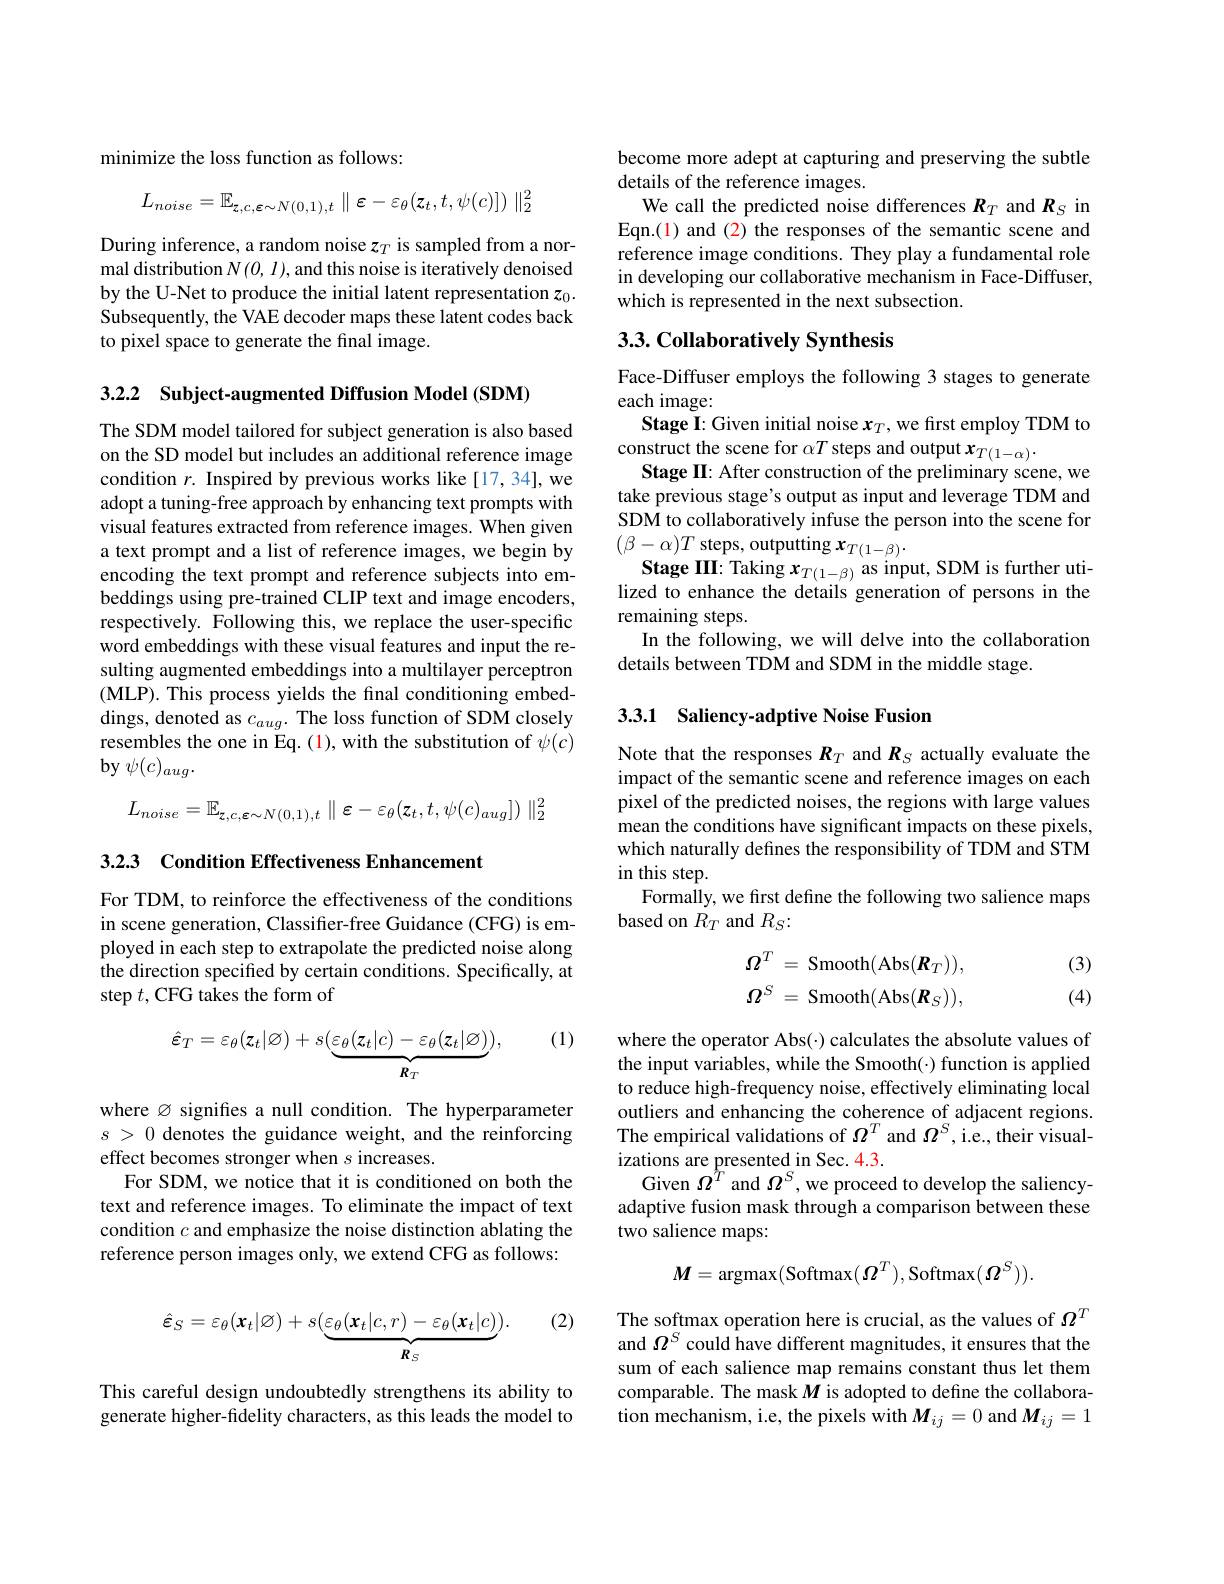
minimize the loss function as follows:

$\|_{2}^{2}$
$$L_{noise}=\mathbb{E}_{z,c,\varepsilon\sim N(0,1),t}\parallel\varepsilon-\varepsilon_{\theta}(z_{t},t,\psi(c)])$$
During inference, a random noise $z_T$ is sampled from a normal distribution $N(O,I)$, and this noise is iteratively denoised by the U-Net to produce the initial latent representation $z_0.$ Subsequently, the VAE decoder maps these latent codes back to pixel space to generate the final image.

3.2.2 Subject-augmented Diffusion Model (SDM)

The SDM model tailored for subject generation is also based on the SD model but includes an additional reference image condition $r.$ Inspired by previous works like[17,34],we adopt a tuning-free approach by enhancing text prompts with visual features extracted from reference images. When given a text prompt and a list of reference images, we begin by encoding the text prompt and reference subjects into embeddings using pre-trained CLIP text and image encoders, respectively. Following this, we replace the user-specific word embeddings with these visual features and input the resulting augmented embeddings into a multilayer perceptron (MLP) . This process yields the final conditioning embed- dings, denoted as $c_{aug}.$ The loss function of SDM closely resembles the one in Eq. (1), with the substitution of $\psi(c)$ $\textbf{by }\psi ( c) _{aug}.$
$\|_2^2$
$$L_{noise}=\mathbb{E}_{z,c,\boldsymbol{\varepsilon}\sim N(0,1),t}\parallel\boldsymbol{\varepsilon}-\varepsilon_{\theta}(\boldsymbol{z}_{t},t,\psi(c)_{aug}])$$
3.2.3 Condition Effectiveness Enhancement

For TDM, to reinforce the effectiveness of the conditions in scene generation, Classifier-free Guidance (CFG) is employed in each step to extrapolate the predicted noise along the direction specified by certain conditions. Specifically, at step $t$,CFG takes the form of

(1)
$$\hat{\varepsilon}_{T}=\varepsilon_{\theta}(z_{t}|\varnothing)+s(\underbrace{\varepsilon_{\theta}(z_{t}|c)-\varepsilon_{\theta}(z_{t}|\varnothing)}_{R_{T}}),$$
where $\varnothing$ signifes a null condition. The hyperparameter $s>0$ denotes the guidance weight, and the reinforcing effect becomes stronger when $s$ increases.
For SDM, we notice that it is conditioned on both the text and reference images. To eliminate the impact of text condition $c$ and emphasize the noise distinction ablating the reference person images only, we extend CFG as follows:

(2)
$$\hat{\varepsilon}_{S}=\varepsilon_{\theta}(\boldsymbol{x}_{t}|\emptyset)+s(\underbrace{\varepsilon_{\theta}(\boldsymbol{x}_{t}|c,r)-\varepsilon_{\theta}(\boldsymbol{x}_{t}|c)}_{\boldsymbol{R}_{S}}).$$
This careful design undoubtedly strengthens its ability to generate higher-fidelity characters, as this leads the model to

become more adept at capturing and preserving the subtle
details of the reference images.
We call the predicted noise differences $R_T$ and $R_S$ in Eqn.(1) and (2) the responses of the semantic scene and reference image conditions. They play a fundamental role in developing our collaborative mechanism in Face-Diffuser, which is represented in the next subsection.

## 3.3. Collaboratively Synthesis

Face-Diffuser employs the following 3 stages to generate
each image:
Stage I: Given initial noise $x_T$, we first employ TDM to
construct the scene for $\alpha T$ steps and output $x_T(1-\alpha).$
Stage II: After construction of the preliminary scene, we take previous stage's output as input and leverage TDM and SDM to collaboratively infuse the person into the scene for $(\beta-\alpha)T$ steps, outputting $x_T(1-\beta).$
Stage III: Taking $x_{T(1-\beta)}$ as input, SDM is further utilized to enhance the details generation of persons in the remaining steps.
In the following, we will delve into the collaboration
details between TDM and SDM in the middle stage.

## 3.3.1 Saliency-adptive Noise Fusion

Note that the responses $R_T$ and $R_S$ actually evaluate the impact of the semantic scene and reference images on each pixel of the predicted noises, the regions with large values mean the conditions have significant impacts on these pixels which naturally defines the responsibility of TDM and STM in this step.
Formally, we first define the following two salience maps
based on $R_T$ and $R_S:$

(3)
$$\boldsymbol{\Omega}^{T}\:=\:\mathrm{Smooth}(\mathrm{Abs}(\boldsymbol{R}_{T})),\\\boldsymbol{\Omega}^{S}\:=\:\mathrm{Smooth}(\mathrm{Abs}(\boldsymbol{R}_{S})),$$
(4)

where the operator Abs(·) calculates the absolute values of the input variables, while the Smooth(-) function is applied to reduce high-frequency noise, effectively eliminating local outliers and enhancing the coherence of adjacent regions The empirical validations of $\Omega^T$ and $\Omega^S$, i.e., their visualizations are presented in Sec. 4.3.
Given $\Omega^{\hat{T}}$ and $\Omega^S$, we proceed to develop the saliencyadaptive fusion mask through a comparison between these two salience maps:
$$\boldsymbol{M}=\operatorname{argmax}(\operatorname{Softmax}(\boldsymbol{\Omega}^T),\operatorname{Softmax}(\boldsymbol{\Omega}^S)).$$
The softmax operation here is crucial, as the values of $\Omega^T$ and $\Omega^S$ could have different magnitudes, it ensures that the sum of each salience map remains constant thus let them comparable. The mask $M$ is adopted to define the collaboration mechanism, i.e, the pixels with $\boldsymbol M_{ij}=0$ and $\boldsymbol M_{ij}=1$